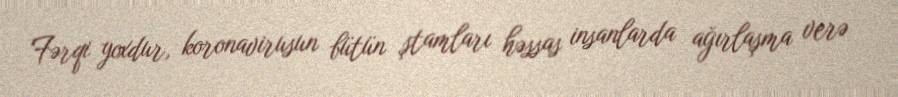
Fərqi yoxdur, koronavirusun bütün ştamları həssas insanlarda ağırlaşma verə